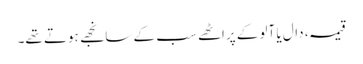
قیمہ، دال یا آلو کے پراٹھے سب کے سانجھے ہوتے تھے۔